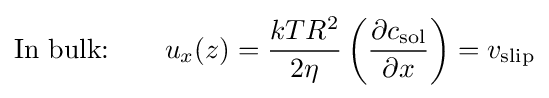
{\text{In bulk:}}~~~~~~u_{x}(z)={\frac {kTR^{2}}{2\eta }}\left({\frac {\partial c_{\text{sol}}}{\partial x}}\right)=v_{\text{slip}}